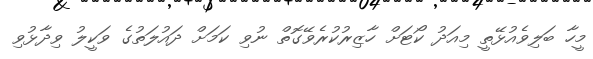
މީހާ ބަލިވެއުޅޭތީ މިއަދު ކޯޓަށް ހާޒިރުކުރެވޭގޮތް ނުވި ކަމަށް ދައުލަތުގެ ވަކީލު ވިދާޅުވި